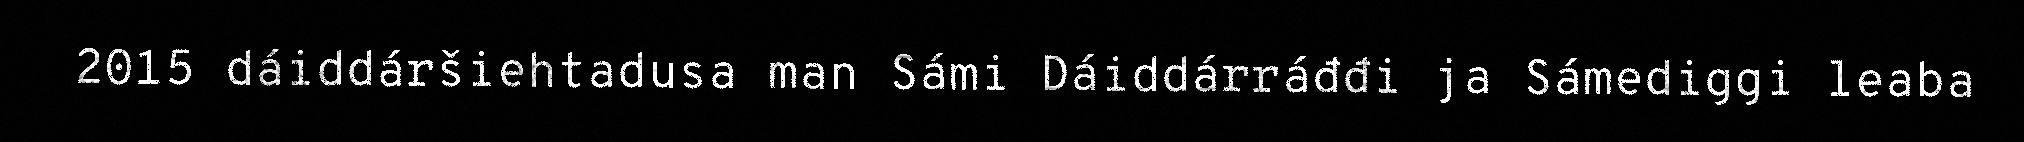
2015 dáiddáršiehtadusa man Sámi Dáiddárráđđi ja Sámediggi leaba